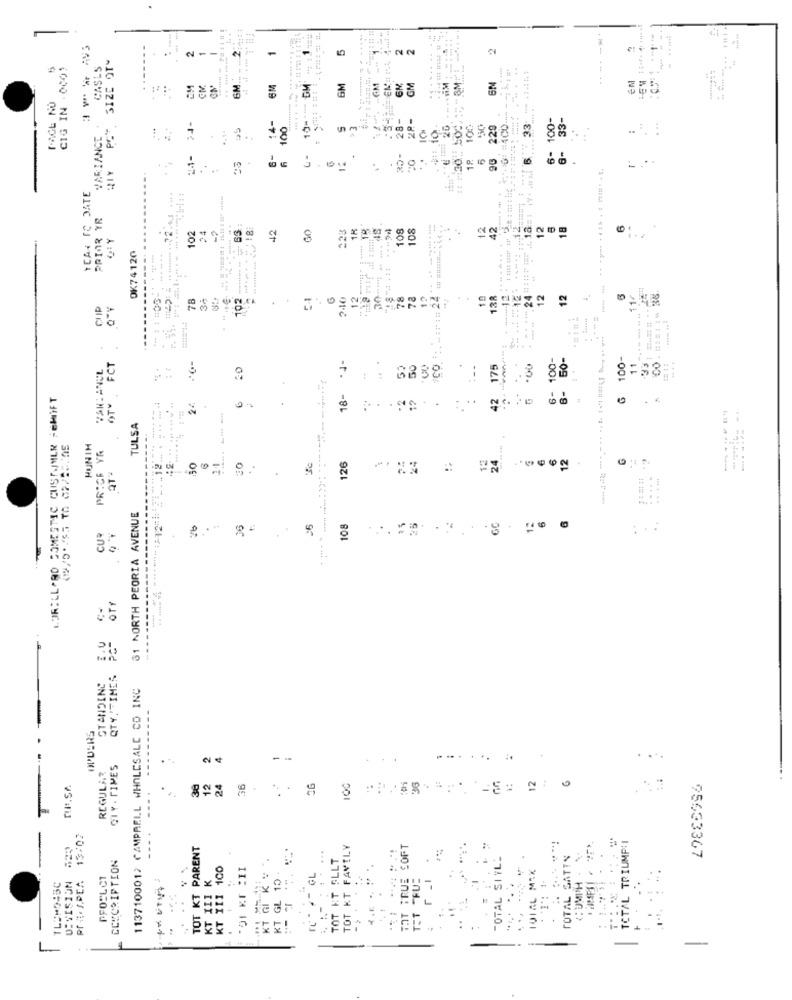
======
****** == +++
---
-
2
2
SIZE OTY
-
5
CIG IN . 0001
CASLS
6M
6M
GM
FACE NO
. . .
14-
28-
6- 100-
PC"
24-
100
#: 10-
1 20
229
VARIANCE
24-
6
6-
YCAR TO DATE
PRIOR YR
102
24
42
18
108
108
18
OK74120
8
78
240
12
78
10
138
12
CUP
..
-------
. ..
#
6- 100-
50-
6 100-
FCT
·4-
50
--
175
00
11
1 11
9
.
B-
LORILLARD DOMESTIC CUSTOMER -EMIFT
OTV
18-
12
42
.... ... ...
2ª
.
. .
TULSA
.......
HUNIN
PRICE YA
...... 4
13
QTY
126
61 NORTH PEORIA AVENUE
108
CUR
.. :
---------
€-
Off
STANDING
QTY! TIMES
1137100012 CAMPRELL WHOLESALE CO INC
OPDERS
--.
2
GIY . TIMES
--
... ...
....
REGULAR
12
Tuse
36
12
24
36
36
100
T
13/02
---.
TOTAL TRIUMP:I
TOT KT PARENT
FAVTLY
SOFT
CLECRIPTION
KT GKV
IT SLLT
TOTAL SIYLL
TOTAL SATIN
100
KT GL 10
TOTAL MIX
DIVISION
PFOSL CT
K
GL
TU :
r -1
<: UMPH
TLUMO45C
KT III
TOT
2 5
..
--